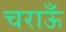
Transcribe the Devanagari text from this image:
चराऊँ